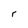
Character: r